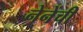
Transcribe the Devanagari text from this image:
नेनेंची